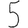
Digit: 5